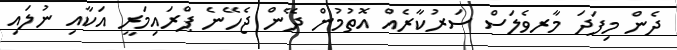
ދެން މިފަދަ މާރވެލަސް ސަރުކާރެއް އޮތުމުން ދޭން ޖެހޭނެ ޕްރައިމަރީ އަކާއި ނުލައި